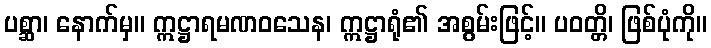
ပစ္ဆာ၊ နောက်မှ။ ဣဋ္ဌာရမဏဝသေန၊ ဣဋ္ဌာရုံ၏ အစွမ်းဖြင့်။ ပဝတ္တိ၊ ဖြစ်ပုံကို။